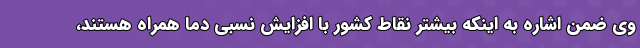
وی ضمن اشاره به اینکه بیشتر نقاط کشور با افزایش نسبی دما همراه هستند،